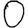
Digit: 0